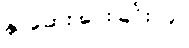
နှာဆေး ပေးခြင်း၊ ၉။